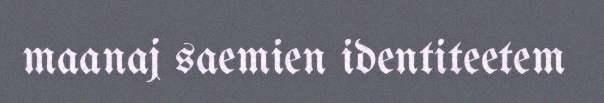
maanaj saemien identiteetem